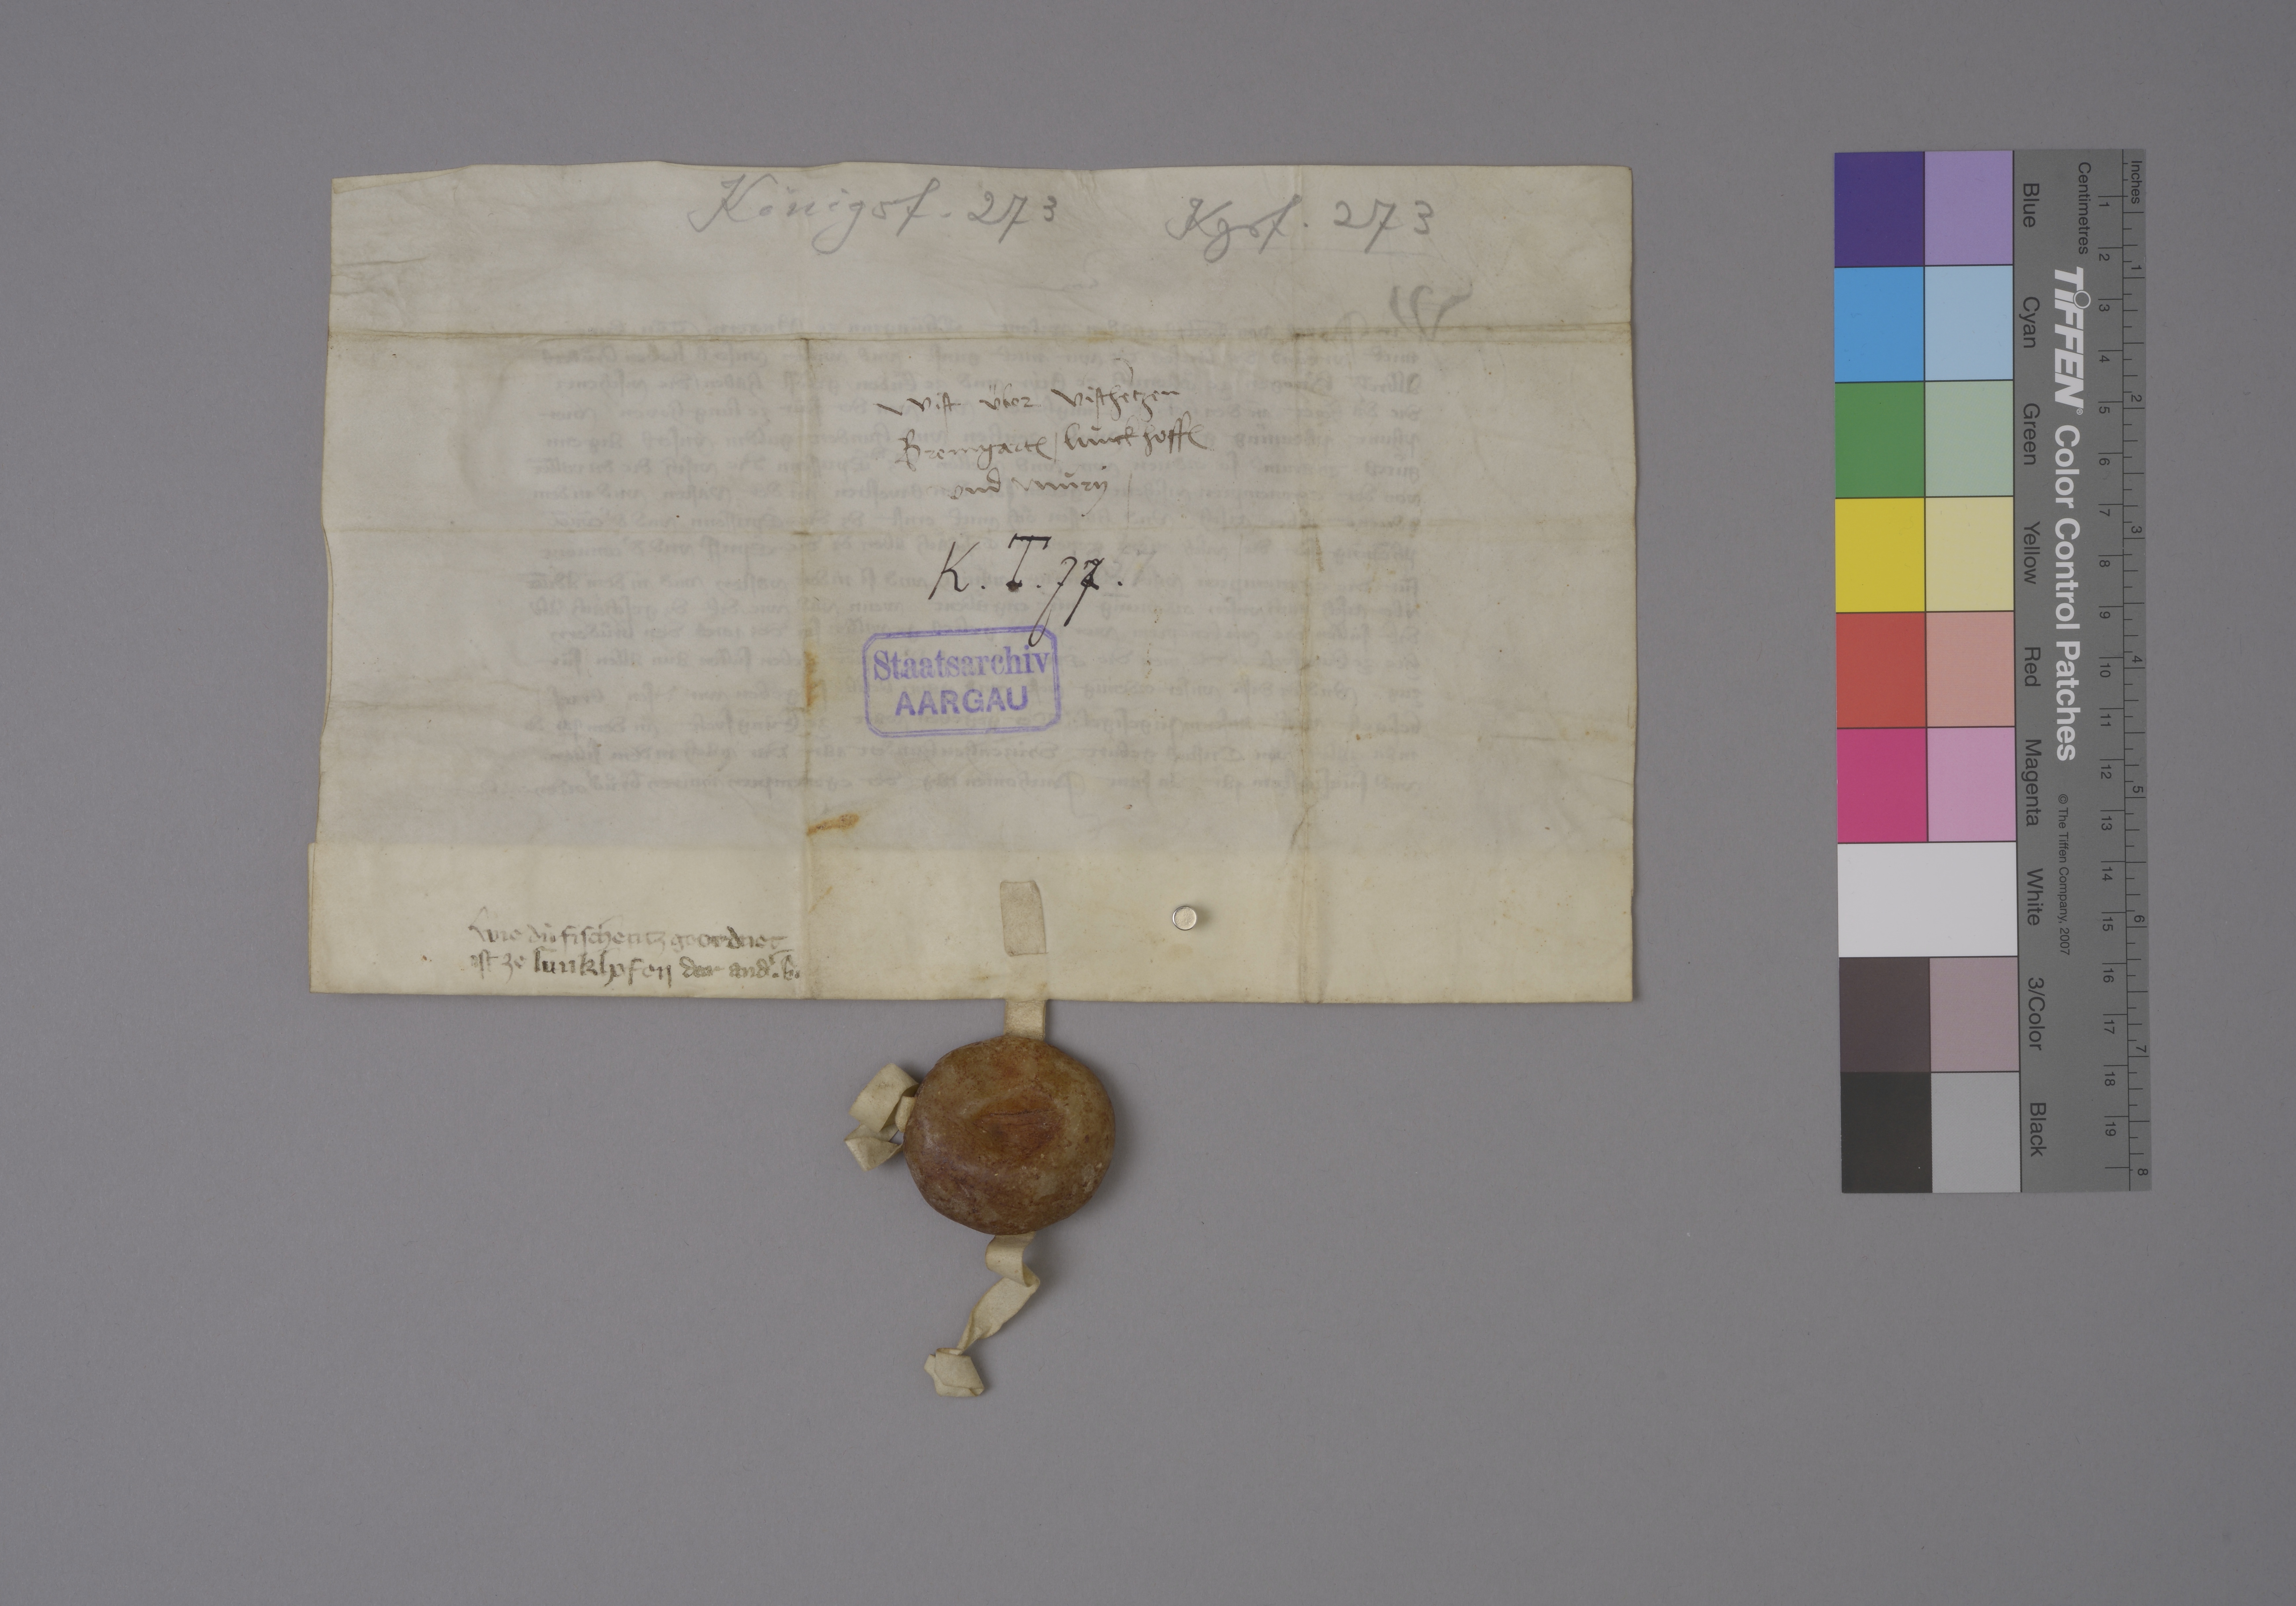
Transcription:
Königsf. 273

Kgsf. 273

wist über vischētzen
Bremgart₎ ✳ Lùnckhoff₎
und Mùry ✳

K ✳ T ✳ 77 ✳

1357 ✳

Staatsarchiv
AARGAU

wie dù fischentz geordnet
ist ze Lunkhofen

der andˀ ✳ b ✳